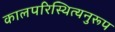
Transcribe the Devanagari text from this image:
कालपरिस्थित्यनुरूप